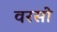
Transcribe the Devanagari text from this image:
वरसो